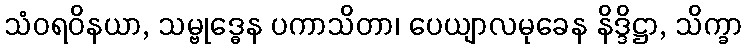
သံဝရဝိနယာ, သမ္ဗုဒ္ဓေန ပကာသိတာ၊ ပေယျာလမုခေန နိဒ္ဒိဋ္ဌာ, သိက္ခာ